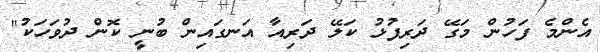
އެންމެ ފަހުން މަގޭ ދަރިފުޅު ކަލޭ ދަރިއާ އަނގައިން ބުނީ ކޮން ދުވަހަކު"